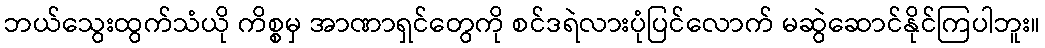
ဘယ်သွေးထွက်သံယို ကိစ္စမှ အာဏာရှင်တွေကို စင်ဒရဲလားပုံပြင်လောက် မဆွဲဆောင်နိုင်ကြပါဘူး။